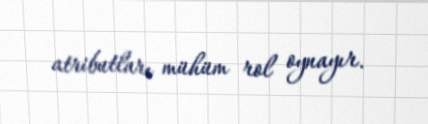
atributları mühüm rol oynayır.